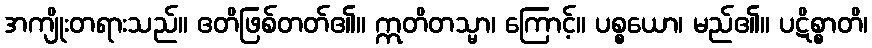
အကျိုးတရားသည်။ ဧတိဖြစ်တတ်၏။ ဣတိတသ္မာ၊ ကြောင့်။ ပစ္စယော၊ မည်၏။ ပဋိစ္စာတိ၊